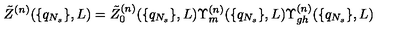
\tilde { Z } ^ { ( n ) } ( \{ q _ { N _ { s } } \} , L ) = \tilde { Z } _ { 0 } ^ { ( n ) } ( \{ q _ { N _ { s } } \} , L ) \Upsilon _ { m } ^ { ( n ) } ( \{ q _ { N _ { s } } \} , L ) \Upsilon _ { g h } ^ { ( n ) } ( \{ q _ { N _ { s } } \} , L )